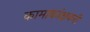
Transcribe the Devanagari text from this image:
कामाकांक्षकरी